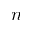
n